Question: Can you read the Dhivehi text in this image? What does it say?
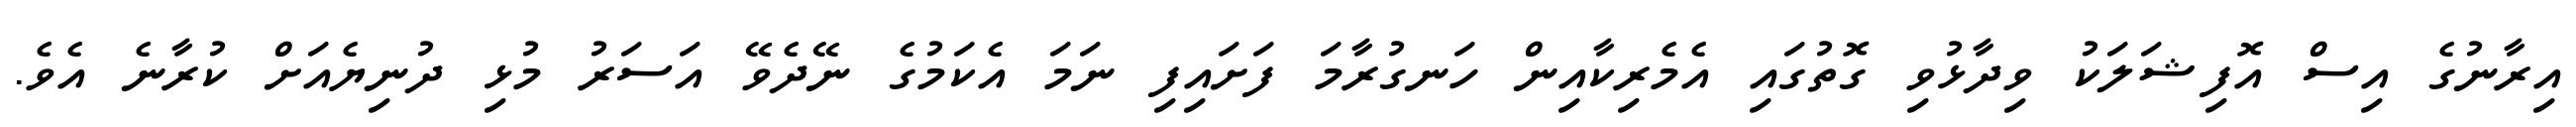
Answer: އިރާނުގެ އިސް އޮފިޝަލަކު ވިދާޅުވި ގޮތުގައި އެމެރިކާއިން ހަނގުރާމަ ފަށައިފި ނަމަ އެކަމުގެ ނޭދެވޭ އަސަރު މުޅި ދުނިޔެއަށް ކުރާނެ އެވެ.